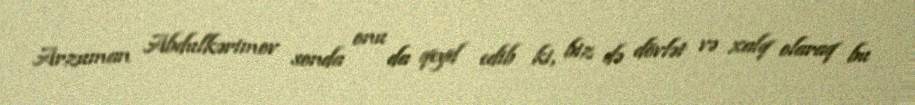
Arzuman Abdulkərimov sonda onu da qeyd edib ki, biz də dövlət və xalq olaraq bu